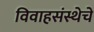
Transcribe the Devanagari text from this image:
विवाहसंस्थेचे